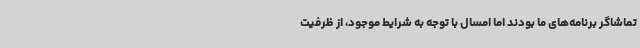
تماشاگر برنامه‌های ما بودند اما امسال با توجه به شرایط موجود، از ظرفیت